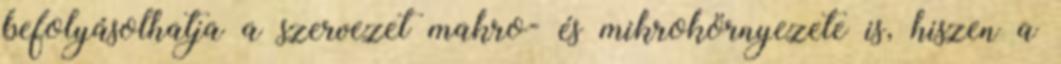
befolyásolhatja a szervezet makro- és mikrokörnyezete is, hiszen a